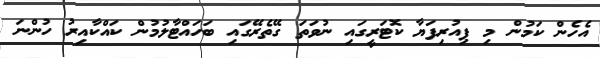
އެހެން ކަމުން މި ޕިއުރިފަޔާ ކޮޓަރީގައި ނުވަތަ ގޭތެރޭގައި ބަހައްޓާލުމުން ކައްކާއިރު ހުންނަ